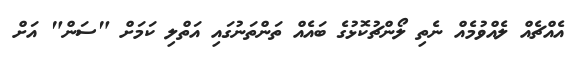
އެއްޗެއް ލެއްވުމެއް ނެތި ލޯންޗުކޮޅުގެ ބައެއް ތަންތަނުގައި އަތްލި ކަމަށް "ސަން" އަށް